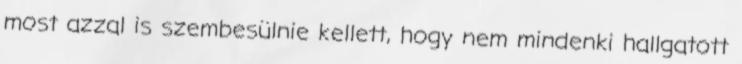
most azzal is szembesülnie kellett, hogy nem mindenki hallgatott